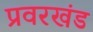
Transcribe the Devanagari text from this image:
प्रवरखंड